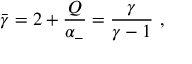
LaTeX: \bar { \gamma } = 2 + { \frac { Q } { \alpha _ { - } } } = { \frac { \gamma } { \gamma - 1 } } \ ,